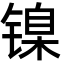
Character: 镍